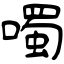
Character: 噣